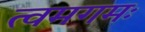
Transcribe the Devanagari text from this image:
त्वमगमः